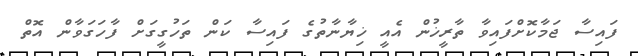
ފައިސާ ޖަމާކޮށްފައިވާ ތާރީޚުން އެއީ ޚިޔާނާތުގެ ފައިސާ ކަން ތަހުގީގަށް ފާހަގަވާން އޮތް